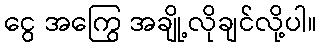
ငွေ အကြွေ အချို့လိုချင်လို့ပါ။